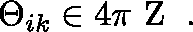
\Theta _ { i k } \in 4 \pi { \mathrm { \boldmath ~ Z ~ } } \; .